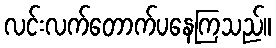
လင်းလက်တောက်ပနေကြသည်။